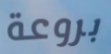
بروعة